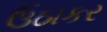
ઉઠાકર